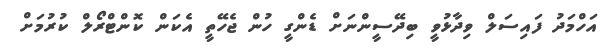
އަހްމަދު ފައިސަލް ވިދާޅުވީ ބިދޭސީންނަށް ޑެންގީ ހުން ޖެހޭތީ އެކަން ކޮންޓްރޯލް ކުރުމަށް